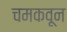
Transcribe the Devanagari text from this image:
चमकवून